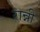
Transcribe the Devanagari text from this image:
रान्नी